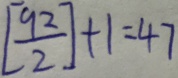
[ \frac { 9 2 } { 2 } ] + 1 = 4 7